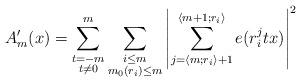
LaTeX: \begin{align*}A_m'(x) = \sum_{\substack{t=-m \\ t\neq 0}}^m \sum_{\substack{i \leq m\\ m_0(r_i) \leq m}} \left\vert \sum_{j = \langle m; r_i \rangle + 1}^{\langle m+1 ; r_i \rangle} e(r_i^j t x) \right\vert^2\end{align*}